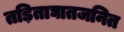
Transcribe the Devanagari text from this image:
तड़िताघातजनित